Materia medica of Madras volume I
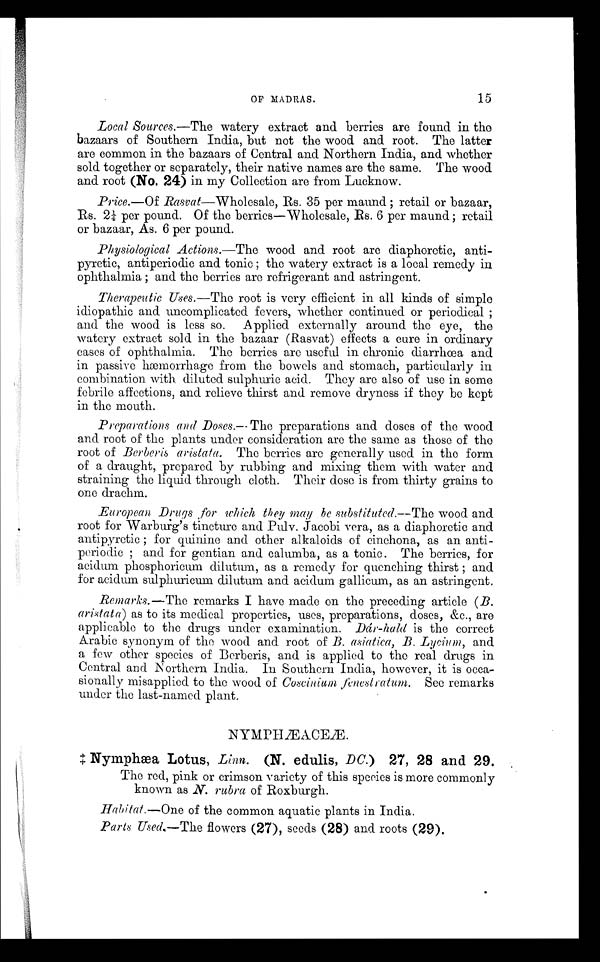
OF MADRAS.
15
Local Sources.—The watery extract and berries are found in the
bazaars of Southern India, but not the wood and root. The latter
are common in the bazaars of Central and Northern India, and whether
sold together or separately, their native names are the same, The wood
and root (No. 24) in my Collection are from Lucknow.
Price.—Of Rasvat—Wholesale, Rs. 35 per maund; retail or bazaar,
Rs. 2¼ per pound. Of the berries—Wholesale, Rs. 6 per maund; retail
or bazaar, As. 6 per pound.
Physiological Actions.—The wood and root are diaphoretic, anti-
pyretic, antiperiodic and tonic; the watery extract is a local remedy in
ophthalmia; and the berries are refrigerant and astringent.
Therapeutic Uses.—The root is very efficient in all kinds of simple
idiopathic and uncomplicated fevers, whether continued or periodical;
and the wood is less so. Applied externally around the eye, the
watery extract sold in the bazaar (Rasvat) effects a cure in ordinary
cases of ophthalmia. The berries are useful in chronic diarrhœa and
in passive hæmorrhage from the bowels and stomach, particularly in
combination with. diluted sulphuric acid. They are also of use in some
febrile affections, and relieve thirst and remove dryness if they be kept
in the mouth.
Preparations and Doses.— The preparations and doses of the wood
and root of the plants under consideration are the same as those of the
root of Berberis aristata. The berries are generally used in the form
of a draught, prepared by rubbing and mixing them with water and
straining the liquid through cloth. Their dose is from thirty grains to
one drachm.
European Drugs , for which they may be substituted.—The wood and.
root for Warburg's tincture and Pulv. Jacobi vera, as a diaphoretic and
antipyretic; for quinine and other alkaloids of cinchona, as an anti-
periodic; and for gentian and calumba, as a tonic. The berries, for
acidum phosphoricum dilutum, as a remedy for quenching thirst; and
for acidtun sulphuricum dilutum and acidum gallicum, as an astringent.
Remarks.—The remarks I have made on the preceding article (B.
aristata) as to its medical properties, uses, preparations, doses, &c., are
applicable to the drugs under examination. Dár-hald is the correct
Arabic synonym of the wood and root of B. asiatica, B. Lycium, and
a few other species of Berberis, and is applied to the real drugs in
Central and Northern India. In Southern India, however, it is occa-
sionally misapplied to the wood of Coscinium fenestratum. See remarks
under the last-named plant.
N Y M P H Æ A C E Æ .
‡Nymphæa Lotus, Linn. (N. edulis, DC.) 27, 28 and 29.
The red, pink or crimson variety of this species is more commonly
known as N. rubra of Roxburgh.
Habitat.—One of the common aquatic plants in India.
Parts Used,—The flowers (27), seeds (28) and roots (29).